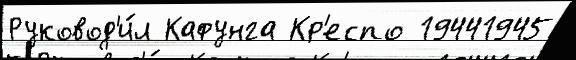
Руковод'и́л Кафунга Кр'еспо 19441945